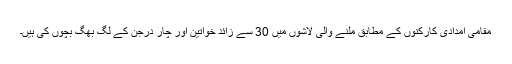
مقامی امدادی کارکنوں کے مطابق ملنے والی لاشوں میں 30 سے زائد خواتین اور چار درجن کے لگ بھگ بچوں کی ہیں۔